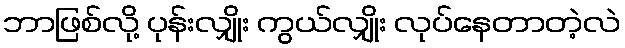
ဘာဖြစ်လို့ ပုန်းလျှိုး ကွယ်လျှိုး လုပ်နေတာတဲ့လဲ